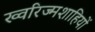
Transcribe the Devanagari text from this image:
ख्वरिज्मशाहियों